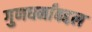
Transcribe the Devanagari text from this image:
गुणधर्मांबद्दल